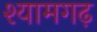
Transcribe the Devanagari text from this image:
श्यामगढ़